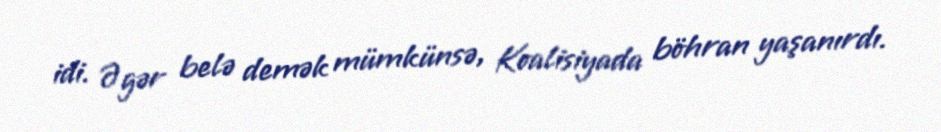
idi. Əgər belə demək mümkünsə, Koalisiyada böhran yaşanırdı.